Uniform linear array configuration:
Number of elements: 8
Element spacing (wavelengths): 1
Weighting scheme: blackman
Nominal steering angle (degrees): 45
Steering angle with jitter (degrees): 44.205
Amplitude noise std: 0.05
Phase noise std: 0.05

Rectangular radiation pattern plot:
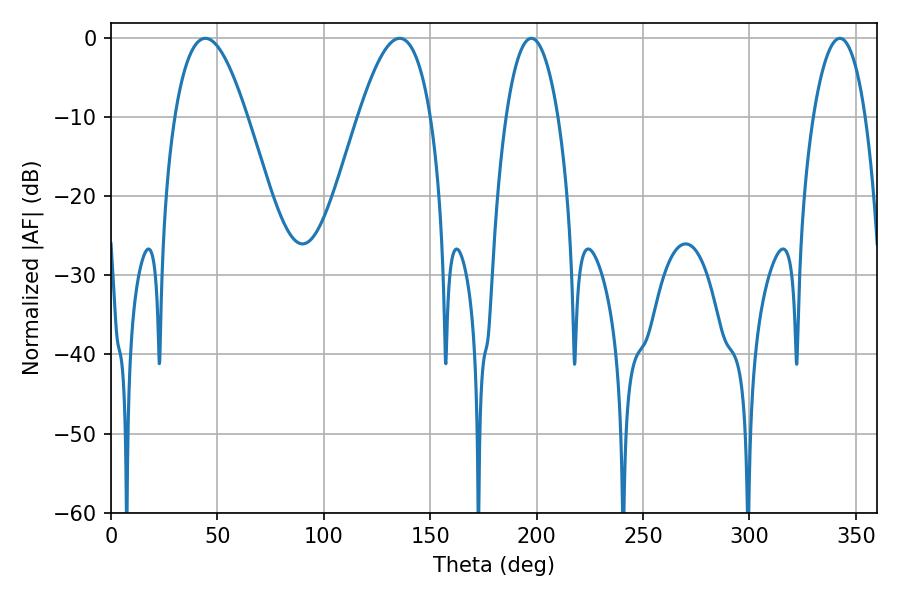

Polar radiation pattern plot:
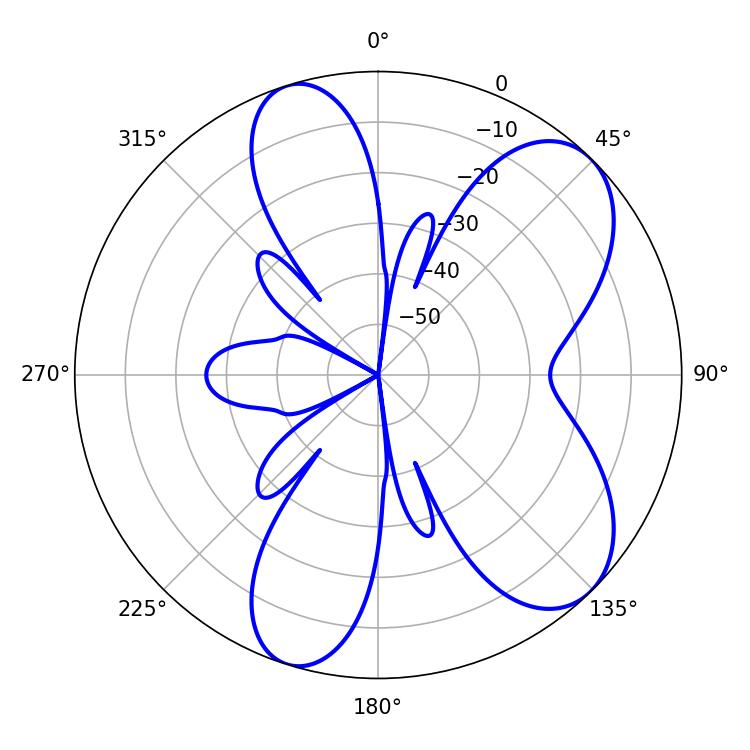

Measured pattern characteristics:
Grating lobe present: TRUE
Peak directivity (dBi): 7.614
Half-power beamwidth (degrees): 18.54
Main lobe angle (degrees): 44.28